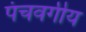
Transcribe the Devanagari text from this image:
पंचवर्गीय